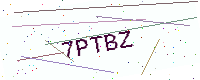
Text: 7PTBZ